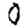
Digit: 0